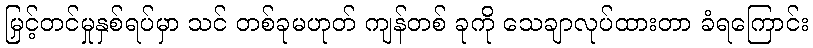
မြှင့်တင်မှုနှစ်ရပ်မှာ သင် တစ်ခုမဟုတ် ကျန်တစ် ခုကို သေချာလုပ်ထားတာ ခံရကြောင်း